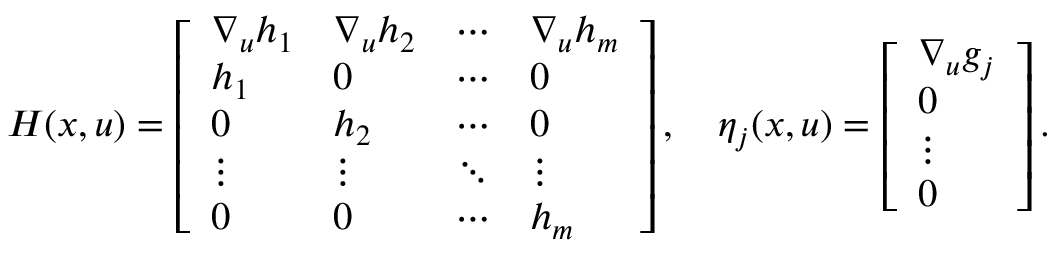
H ( x , u ) = \left[ \begin{array} { l l l l } { \nabla _ { u } h _ { 1 } } & { \nabla _ { u } h _ { 2 } } & { \cdots } & { \nabla _ { u } h _ { m } } \\ { h _ { 1 } } & { 0 } & { \cdots } & { 0 } \\ { 0 } & { h _ { 2 } } & { \cdots } & { 0 } \\ { \vdots } & { \vdots } & { \ddots } & { \vdots } \\ { 0 } & { 0 } & { \cdots } & { h _ { m } } \end{array} \right] , \quad \eta _ { j } ( x , u ) = \left[ \begin{array} { l } { \nabla _ { u } g _ { j } } \\ { 0 } \\ { \vdots } \\ { 0 } \end{array} \right] .